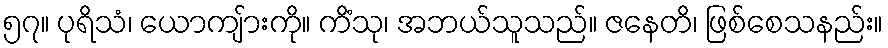
၅၇။ ပုရိသံ၊ ယောကျ်ားကို။ ကိံသု၊ အဘယ်သူသည်။ ဇနေတိ၊ ဖြစ်စေသနည်း။